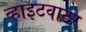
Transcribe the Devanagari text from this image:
व्हाइटवाटर